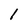
Character: 1